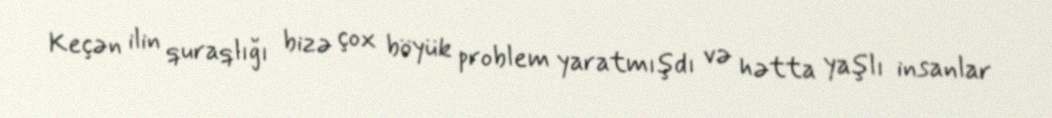
Keçən ilin quraqlığı bizə çox böyük problem yaratmışdı və hətta yaşlı insanlar